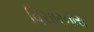
વિચારનારા